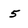
Character: 5